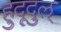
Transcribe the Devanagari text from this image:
हुदूदुल्